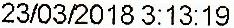
23/03/2018 3:13:19